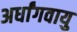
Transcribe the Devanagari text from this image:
अर्धांगवायु